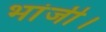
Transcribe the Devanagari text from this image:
भांजी।